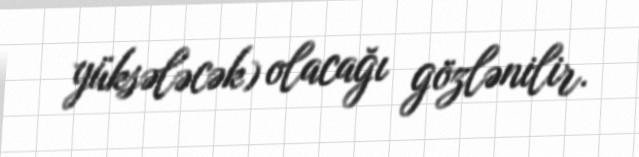
yüksələcək) olacağı gözlənilir.